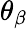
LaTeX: \theta_{\beta}